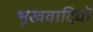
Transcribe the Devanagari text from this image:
भूखवादियों